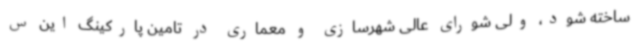
ساخته شود، ولی شورای عالی شهرسازی و معماری در تامین پارکینگ این س